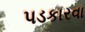
પડકારવા